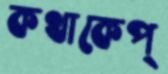
কথাকেপ্